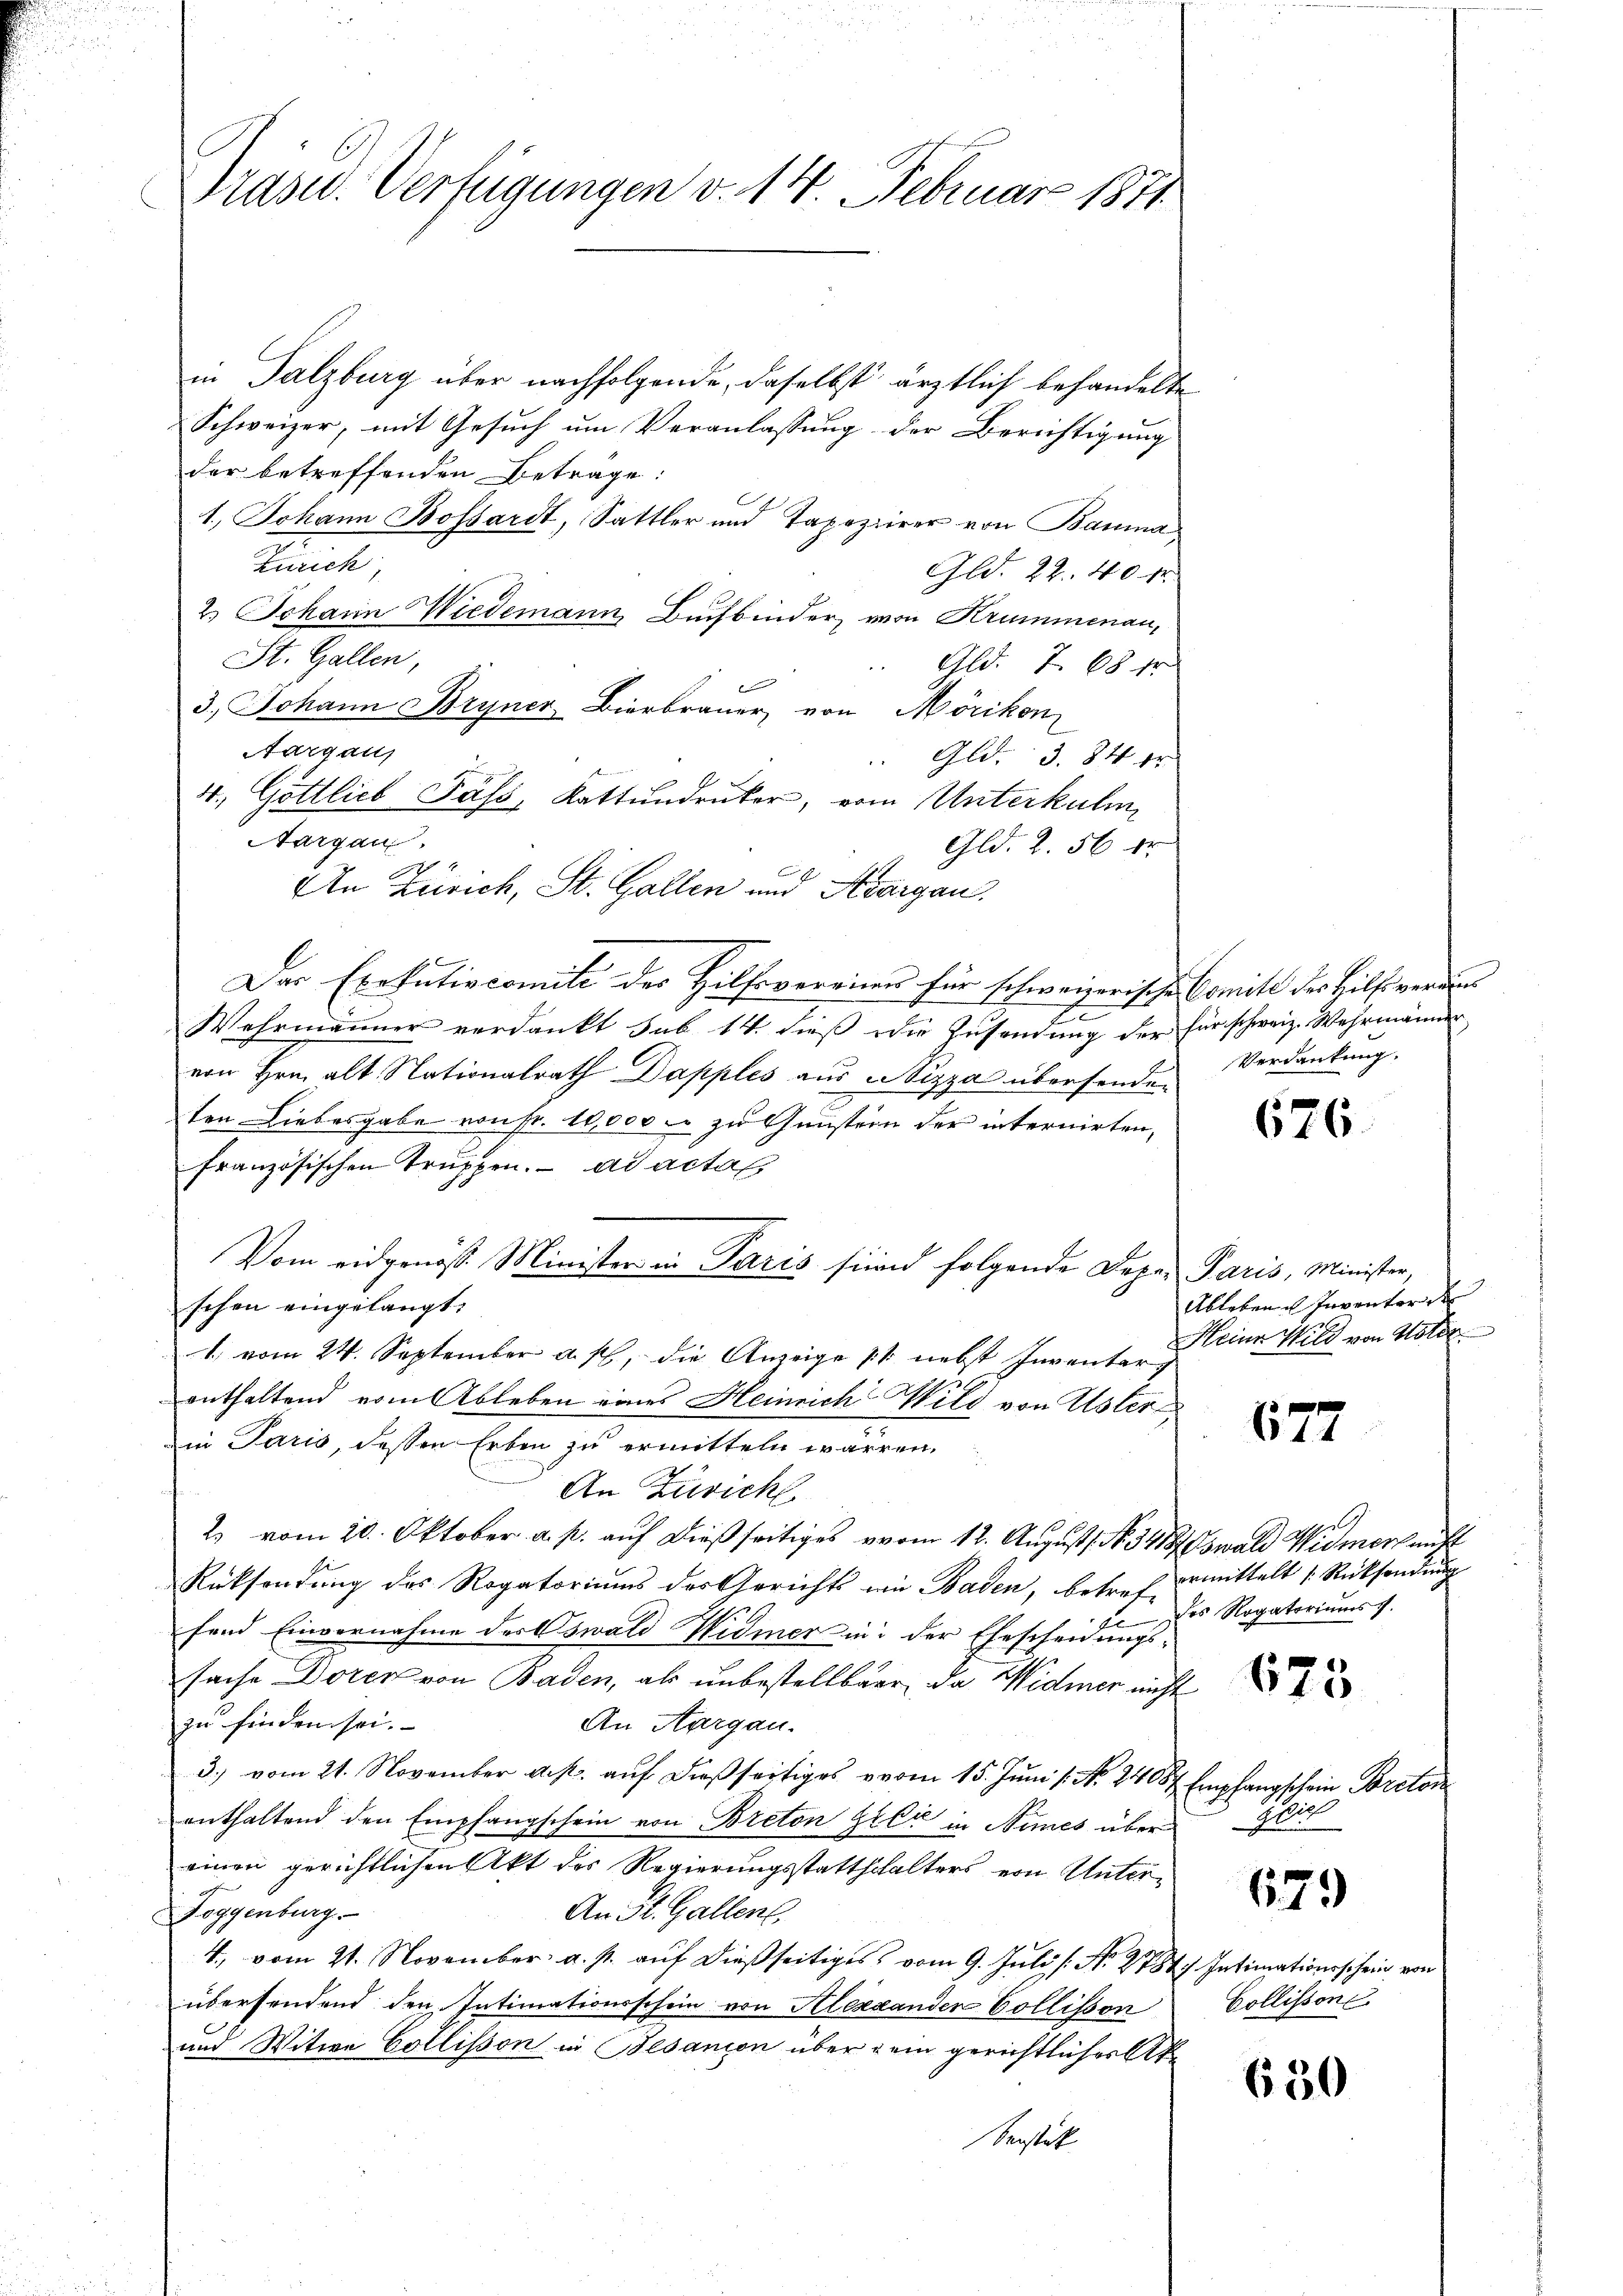
Präsid. Verfügungen v. 14. Februar 1871.

in Salzburg über nachfolgende, daselbst ärztlich behandelte
Schweizer, mit Gesuch um Veranlassung der Berichtigung
der betreffenden Betrage:
B
1.) Johann Bossardt, Sattler und Tapezierer von Bauma
Zürich
Gld. 22. 40. fr.
2.) Johann Wiedemann, Buchbinder, von Krummenau,
St. Gallen,
Gld. 7. 68 fr
3.) Johann Bryner Bierbrauer, von Möriken
Aargau
 Gld. 3. 84 fr.
f
4., Göttlieb Pass, Kattundrucker, vom Unterkuli
Nargau
Gld. 2. 56 fr
An Zürich, St. Gallen und Aargau.

Der Exekutivcomite der Hilfsvereines für schweizerische Comité des Hilfe verans
e
Wehrmänner verdankt sub 14. dieß die Zusendung der für schweiz. Wehrmänner
von Hrn. alt Nationalrath Dapples aus Nizza übersenden
ten Liebesgabe von Fr. 10,000 – zu Gunstern der internirten,
französischen Trŭppen. ad acta
Vom eidgenöß Minister in Paris sind folgende Depan Paris, Minister,
schen eingelangt.
1. vom 24. September a. p., die Anzeige p. nebst Invente eine Wild von Noter
enthaltend vom Ableben eines Heinrich Wild von Uster
in Paris, dessen Erben zu ermitteln waren.
An Zürich
2 vom 20. Oktober a. p. auf dießseitiges vom 12. August. N. 341 Oswald Widmers auft
Rücksendung des Rogatoriums des Gerichts wie Baden, betref der Regatoriums s.
.
c
fend Einvernahme des Oswald Widmer in der Ehescheidungssache Doren von Baden, als unbestellbare, da Widmer nicht
zu finden sei.
An Aargau.
3., vom 21. November a. p. aŭf dießseitiges vom 15. Juni 1. No. 24087 Empfangschein Porector
enthaltend den Empfangschein von Breton Geld in Armes übereinen gerichtlichen Akt des Regierungsstattschalters von Unter¬
Toggenburg.
An St. Gallent,
4., vom 21. November a. p. auf dießseitiges vom 9. Juli [: N. 2784. Intimationsschein von
übersendend den Intimationsschein von Alexanden Collisson
und Witwe Collisson in Besanion über dem gerichtlicher Ak
Serstick

Verdankung.

676.

Ableben Inventore

677

9
ermittelt Rücksendung

673

Glicl

679

Collisson

650